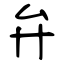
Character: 弁